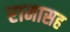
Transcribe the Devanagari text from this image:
रामासह